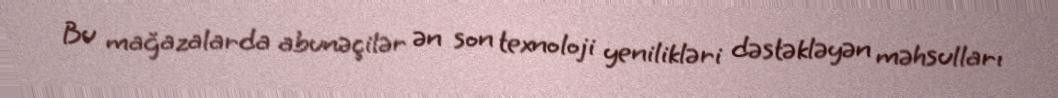
Bu mağazalarda abunəçilər ən son texnoloji yenilikləri dəstəkləyən məhsulları